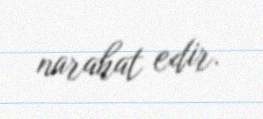
narahat edir.